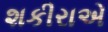
શકીરાએ